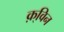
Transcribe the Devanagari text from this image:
क़्विन